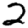
Digit: 2